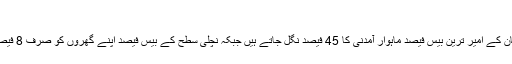
پاکستان میں
OXFAM کے کنٹری ڈائریکٹر عارف جبار بتاتے ہیں کہ پاکستان کے امیر ترین بیس فیصد ماہوار آمدنی کا 45 فیصد نگل جاتے ہیں جبکہ نچلی سطح کے بیس فیصد اپنے گھروں کو صرف 8 فیصدی لے جانے میں کامیاب ہوتے ہیں اور وہ بھی بہت مشکل ہے۔